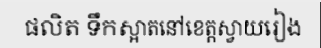
ផលិត ទឹកស្អាតនៅខេត្តស្វាយរៀង